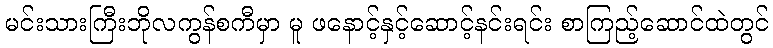
မင်းသားကြီးဘိုလကွန်စကီမှာ မူ ဖနောင့်နှင့်ဆောင့်နင်းရင်း စာကြည့်ဆောင်ထဲတွင်